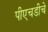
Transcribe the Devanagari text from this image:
पीएचडीचे